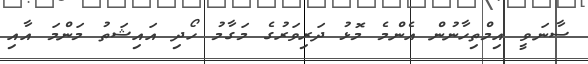
ސާނަވީ އިމްތިހާނުން އެންމެ މޮޅު ދަރިވަރުގެ މަގާމު ހޯދި އައިޝަތު މަންމަ އާއި